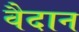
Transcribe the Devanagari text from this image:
वैदान